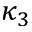
\kappa _ { 3 }